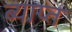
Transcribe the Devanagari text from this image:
ब्याप्त